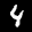
Label: 4